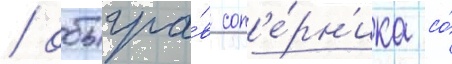
/ обыгра́в соп'е́рн'ика со́